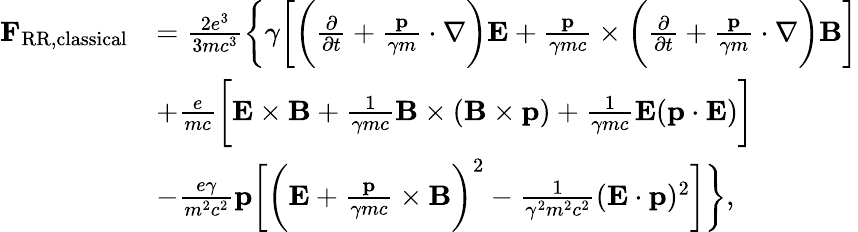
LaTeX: \begin{array}{rl}{\mathbf{F}_{\mathrm{RR,classical}}}&{=\frac{2e^{3}}{3mc^{3}}\bigg\lbrace\gamma\bigg[\bigg(\frac{\partial}{\partial t}+\frac{\mathbf{p}}{\gamma m}\cdot\nabla\bigg)\mathbf{E}+\frac{\mathbf{p}}{\gamma mc}\times\bigg(\frac{\partial}{\partial t}+\frac{\mathbf{p}}{\gamma m}\cdot\nabla\bigg)\mathbf{B}\bigg]}\\ &{+\frac{e}{mc}\bigg[\mathbf{E}\times\mathbf{B}+\frac{1}{\gamma mc}\mathbf{B}\times(\mathbf{B}\times\mathbf{p})+\frac{1}{\gamma mc}\mathbf{E}(\mathbf{p\cdot E})\bigg]}\\ &{-\frac{e\gamma}{m^{2}c^{2}}\mathbf{p}\bigg[\bigg(\mathbf{E}+\frac{\mathbf{p}}{\gamma mc}\times\mathbf{B}\bigg)^{2}-\frac{1}{\gamma^{2}m^{2}c^{2}}(\mathbf{E\cdot p})^{2}\bigg]\bigg\rbrace,}\end{array}